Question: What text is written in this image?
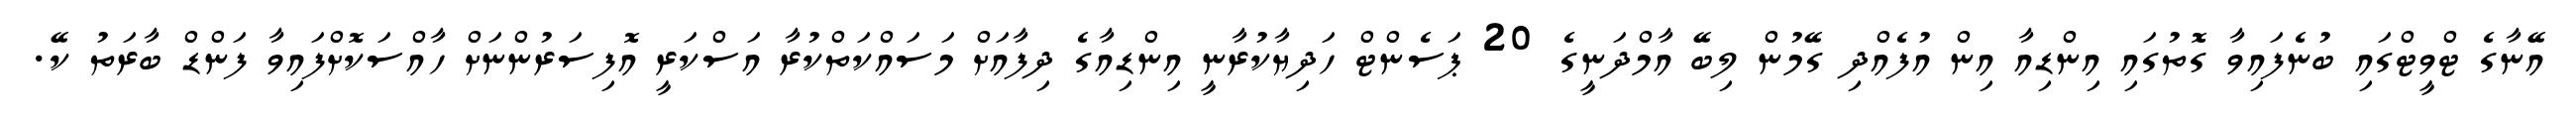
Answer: އޭނާގެ ޓްވީޓްގައި ބުނެފައިވާ ގޮތުގައި އިންޑިއާ އިން އުފެއްދި ގޭމުން ލިބޭ އާމްދަނީގެ 20 ޕަސެންޓް ހަދިޔާކުރާނީ އިންޑިއާގެ ދިފާއަށް މަސައްކަތްކުރާ އަސްކަރީ އޮފިސަރުންނަށް ހާއްސަކޮށްފައިވާ ފަންޑް ބާރަތު ކޭ.